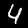
Digit: 4